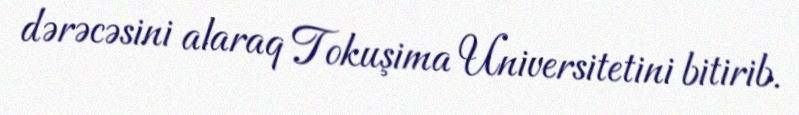
dərəcəsini alaraq Tokuşima Universitetini bitirib.